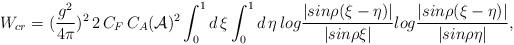
LaTeX: \begin{align*}W_{cr}=({g^2 \over {4\pi}})^2\, 2\,C_F\,C_A ({\cal A})^2 \int_{0}^{1}d\,\xi \int_{0}^{1} d\,\eta\,log{|sin\rho(\xi-\eta)|\over{|sin\rho\xi|}}log{|sin\rho(\xi-\eta)|\over{|sin\rho\eta|}},\end{align*}